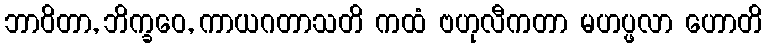
ဘာဝိတာ, ဘိက္ခဝေ, ကာယဂတာသတိ ကထံ ဗဟုလီကတာ မဟပ္ဖလာ ဟောတိ